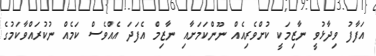
އަފާފު ވިދާޅުވީ ނާޒިމަކީ ކުށްވެރިއެއް ނޫންކަމަށާއި ނާޒިމް އެފަދަ އެއްވެސް ކަމެއް ނުކުރައްވާކަމުގެ